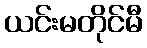
ယင်းမတိုင်မီ